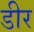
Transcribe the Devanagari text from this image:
डीर